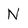
Character: N